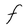
Character: F